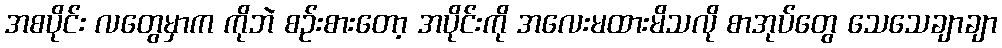
အစပိုင်း လတွေမှာက ကိုဘဲ စဉ်းစားတော့ အပိုင်းကို အလေးမထားမိသလို စာအုပ်တွေ သေသေချာချာ